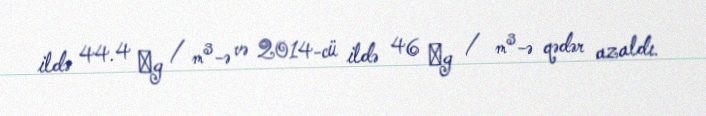
ildə 44.4 μg / m³-ə və 2014-cü ildə 46 μg / m³-ə qədər azaldı.